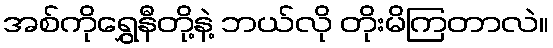
အစ်ကိုရွှေနီတို့နဲ့ ဘယ်လို တိုးမိကြတာလဲ။